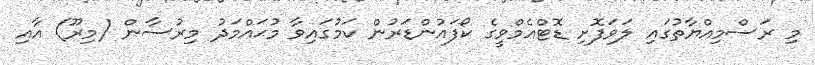
މި ރަސްމިއްޔާތުގައި ލަވަފޮށި ޑޮޓްއެމްވީގެ ކޯފައުންޑަރުން ކަމުގައިވާ މުޙައްމަދު މިރުސާން (މިރޫ) އާއި